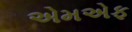
એમએફ